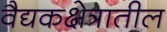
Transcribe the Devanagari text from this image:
वैद्यकक्षेत्रातील